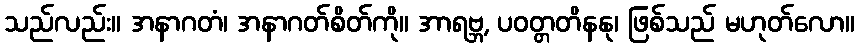
သည်လည်း။ အနာဂတံ၊ အနာဂတ်စိတ်ကို။ အာရဗ္ဘ, ပဝတ္တတိနနု၊ ဖြစ်သည် မဟုတ်လော။